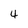
Character: 4